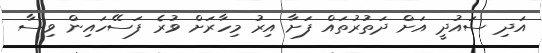
އަދި ސައުދީ އަށް ދަތުރުތައް ފަށާ އިރު މިހާރަށް ވުރެ ފަސޭހައިން ވިސާ